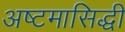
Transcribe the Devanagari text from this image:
अष्टमासिद्धी